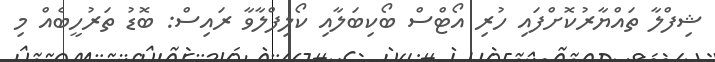
ޝިފްލާ ތައްޔާރުކޮށްފައި ހުރި އޯޓްސް ބޯކިބަލާއި ކޯލިފްލާވާ ރައިސް: ބޮޑު ތަރުހީބެއް މި